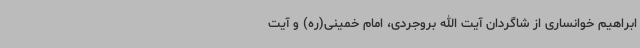
ابراهیم خوانساری از شاگردان آیت الله بروجردی، امام خمینی(ره) و آیت